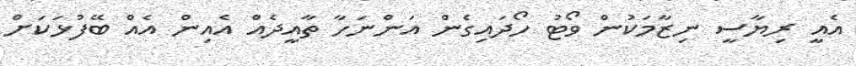
އެއީ ރިޔާސީ ނިޒާމަކުން ވޯޓު ހޯދައިގެން އަންނަހާ ތާއީދެއް އެއިން އެއް ބޭފުޅަކަށް